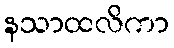
နသာထလိကာ